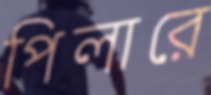
পিলারে